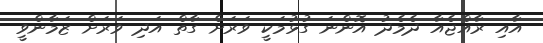
އާއި ރާއްޖެއާ ދެމެދު އޮންނަ ގުޅުމަކީ ވަރަށް ގާތް އަދި ވަރަށް ޒަމާންވީ